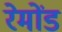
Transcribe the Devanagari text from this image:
रेमोंड